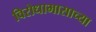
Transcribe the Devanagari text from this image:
विरोधाभासाच्या